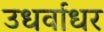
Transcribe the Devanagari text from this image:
उधर्वाधर